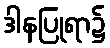
ဒါနပြုရာ၌